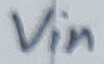
Text: Vin